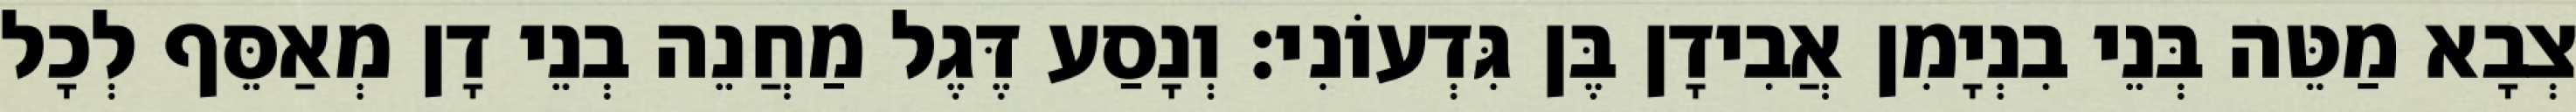
צְבָא מַטֵּה בְּנֵי בִנְיָמִן אֲבִידָן בֶּן גִּדְעוֹנִי׃ וְנָסַע דֶּגֶל מַחֲנֵה בְנֵי דָן מְאַסֵּף לְכָל